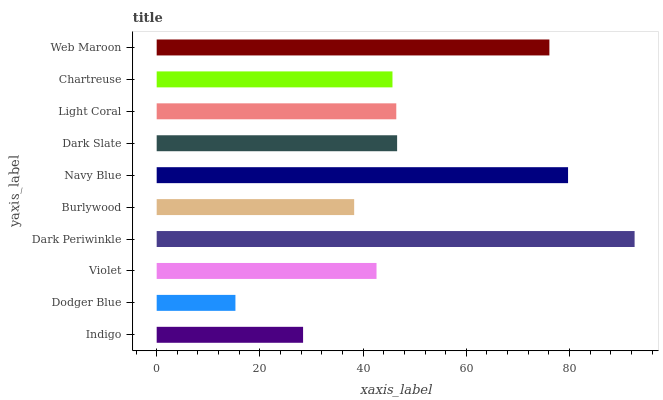
| yaxis_label | bars |
 | --- | --- |
 | Indigo | 28.4 |
 | Dodger Blue | 15.3 |
 | Violet | 42.6 |
 | Dark Periwinkle | 92.6 |
 | Burlywood | 38.3 |
 | Navy Blue | 79.7 |
 | Dark Slate | 46.6 |
 | Light Coral | 46.4 |
 | Chartreuse | 45.7 |
 | Web Maroon | 76.1 |